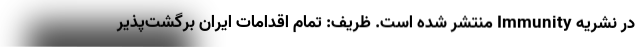
در نشریه Immunity منتشر شده است. ظریف: تمام اقدامات ایران برگشت‌پذیر